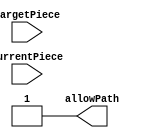
`timescale 1ns / 1ps
//////////////////////////////////////////////////////////////////////////////////
// Company: 
// 
// Design Name: 
// Module Name: checkPath
// Project Name: 
// Target Devices: 
// Tool Versions: 
// Description: 
// 
// Dependencies: 
// 
// Revision:
// Revision 0.01 - File Created
// Additional Comments:
// 
//////////////////////////////////////////////////////////////////////////////////


module checkPath(
    input [3:0] currentPiece,
    input [3:0] targetPiece,
    output wire allowPath
    );
    
    assign allowPath = 1;
    
endmodule

/*Leos unfinished code
module checkPath(
    input [5:0] currentPosition,
    input [5:0] targetPosition,
    input [255:0] boardInput,
    output allowPath
    );
    
        
    localparam  WHITE_EMPTY  = 4'b0000, 
                WHITE_KING   = 4'b0001,
                WHITE_QUEEN  = 4'b0010, 
                WHITE_BISHOP = 4'b0011,
                WHITE_KNIGHT = 4'b0100,
                WHITE_ROOK   = 4'b0101,
                WHITE_PAWN   = 4'b0110,
                
                BLACK_EMPTY  = 4'b1000, 
                BLACK_KING   = 4'b1001,
                BLACK_QUEEN  = 4'b1010, 
                BLACK_BISHOP = 4'b1011,
                BLACK_KNIGHT = 4'b1100,
                BLACK_ROOK   = 4'b1101,
                BLACK_PAWN   = 4'b1110;
    
    wire [3:0] currentPiece;
    wire [3:0] targetPiece;
    
    checkSquare c1(.boardInput(boardInput), .desiredSquare(currentPosition), .desiredPiece(currentPiece));
    checkSquare c2(.boardInput(boardInput), .desiredSquare(targetPosition), .desiredPiece(targetPiece));
    
    wire signed [6:0] distance = targetPosition - currentPosition;    
    
endmodule
*/